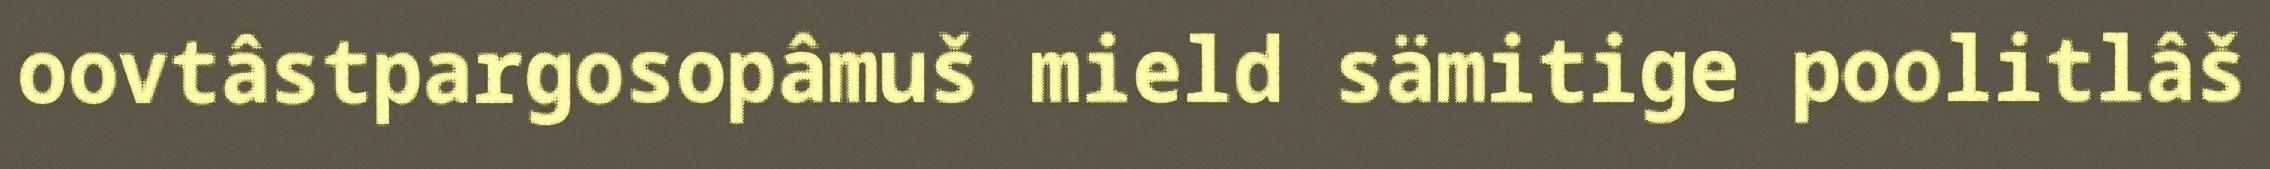
oovtâstpargosopâmuš mield sämitige poolitlâš